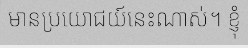
មានប្រយោជយ៍នេះណាស់។ ខ្ញុំ